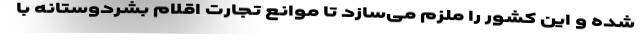
شده و این کشور را ملزم می‌سازد تا موانع تجارت اقلام بشردوستانه با